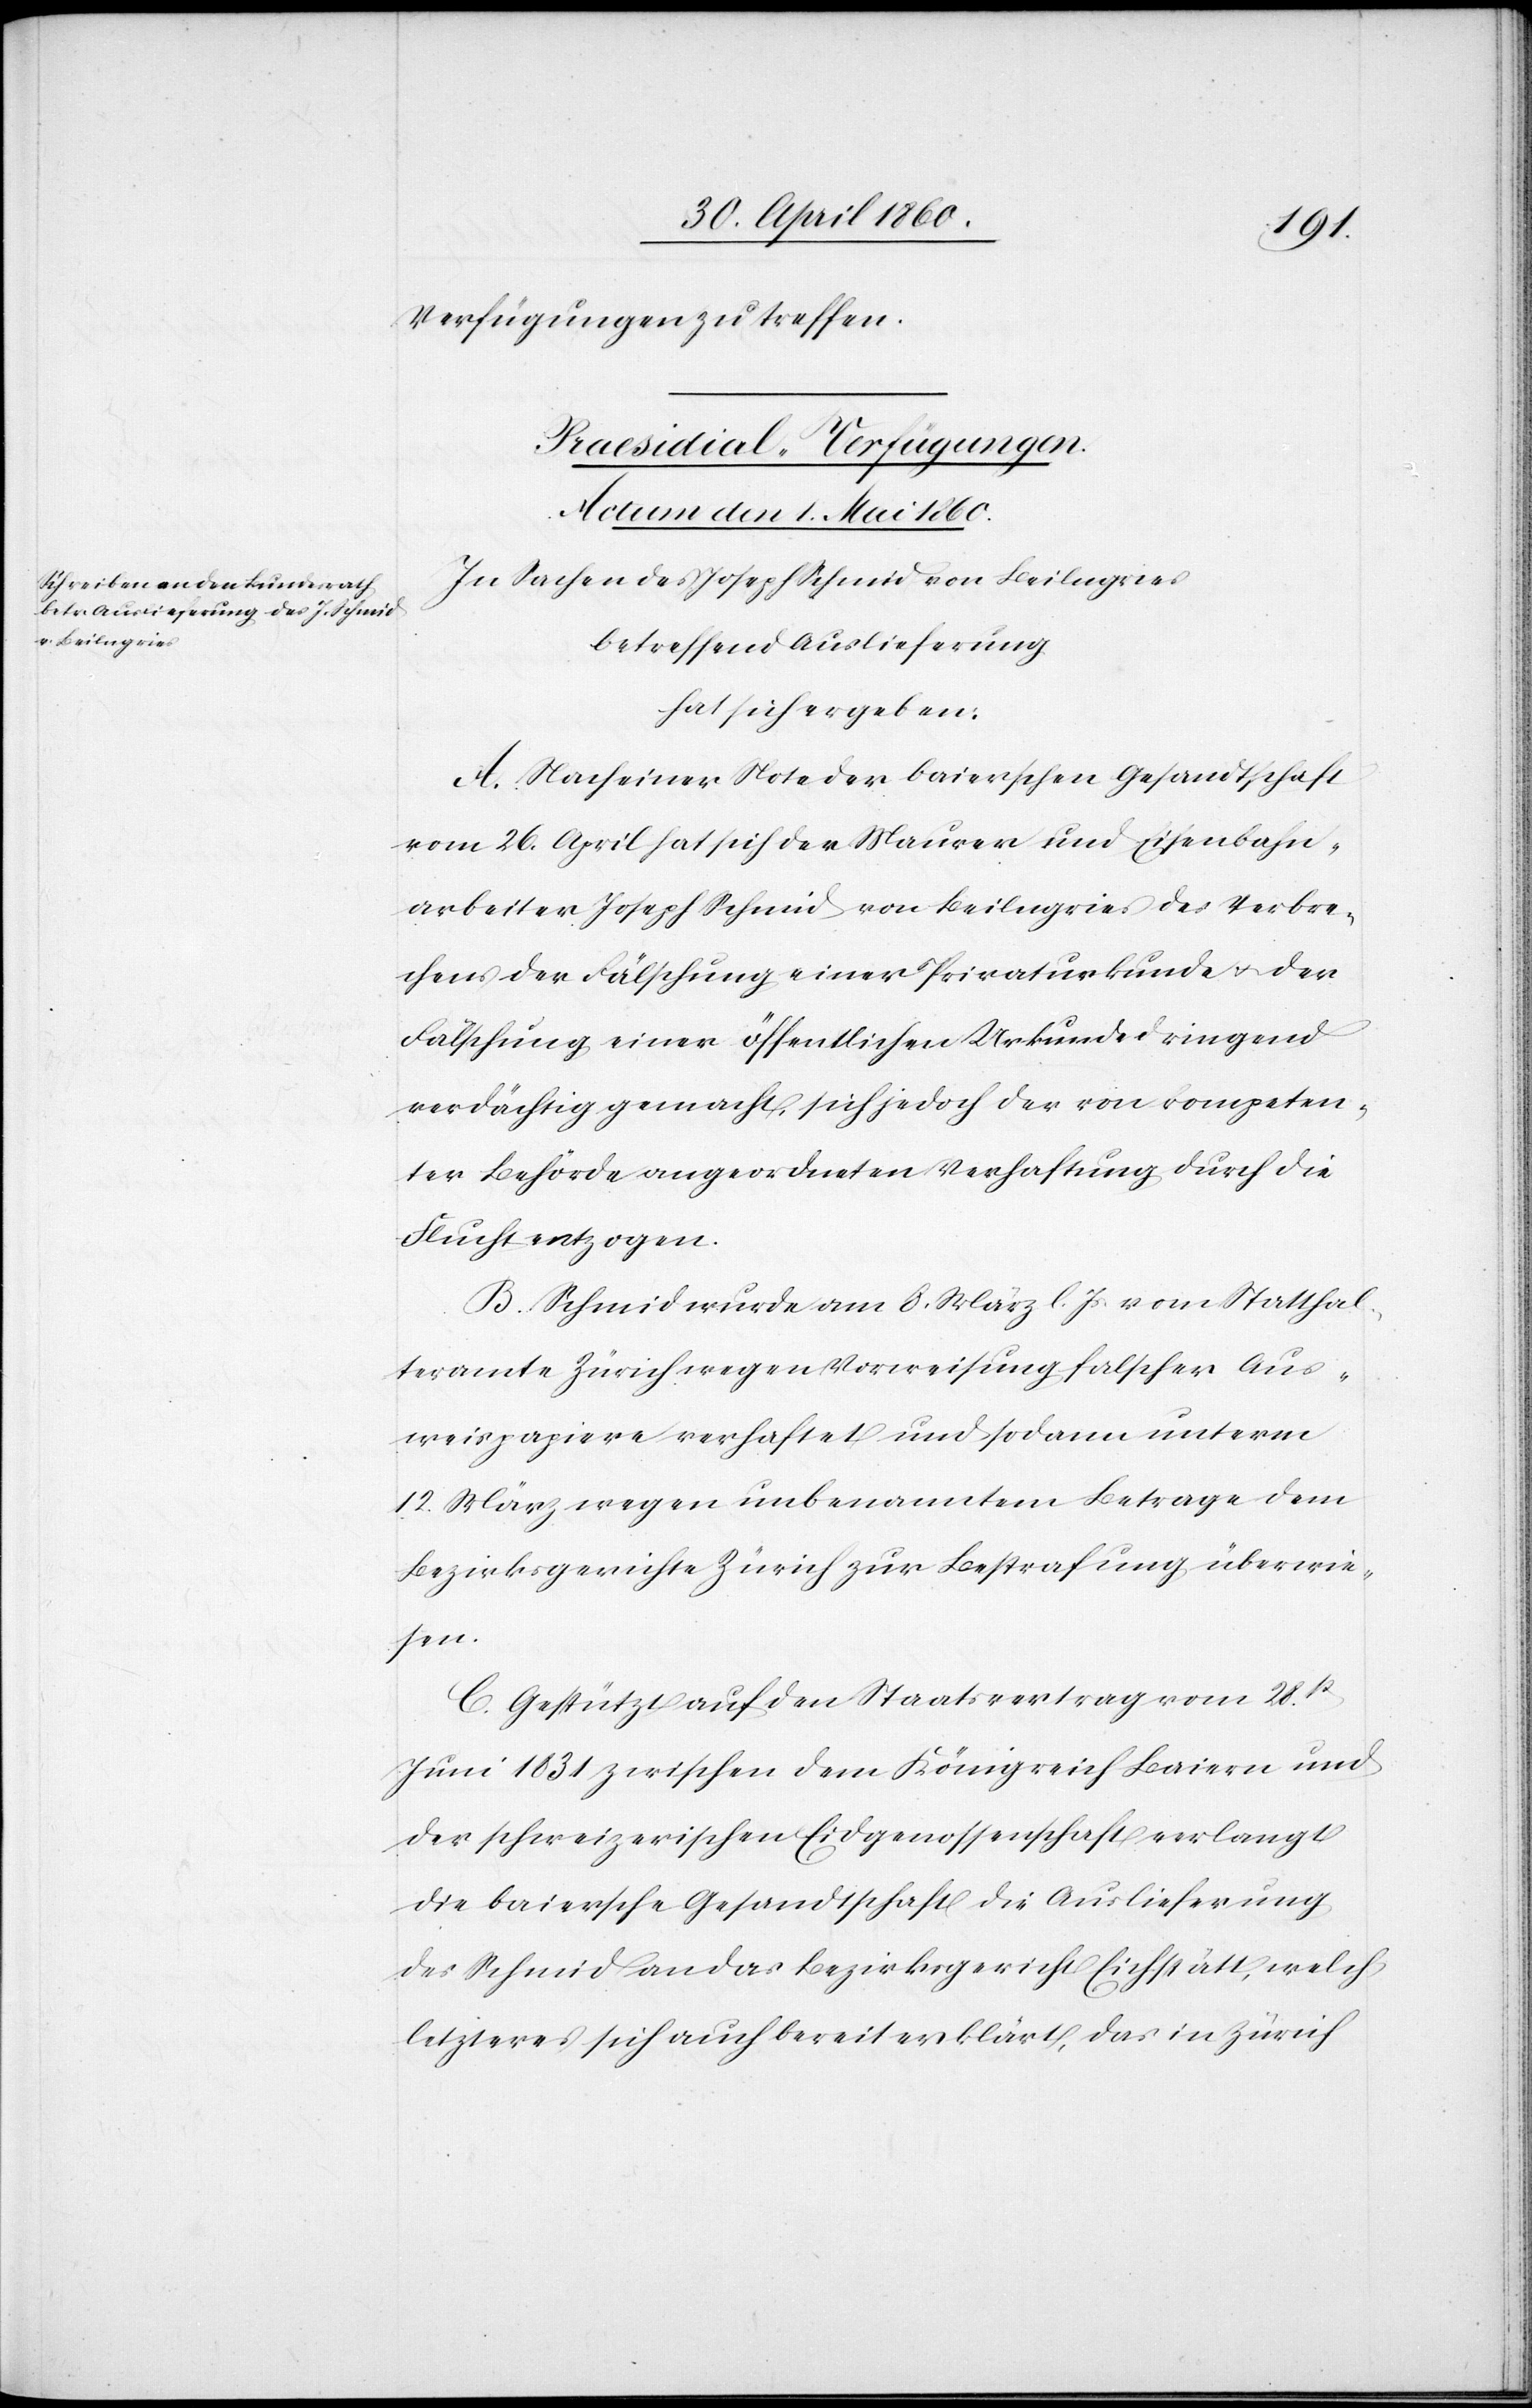
Verfügungen zu treffen.
Praesidial-Verfügungen.
Actum den 1. Mai 1860.
In Sachen des Joseph Schmid von Beilngries
betreffend Auslieferung
hat sich ergeben:
A. Nach einer Note der baierschen Gesandtschaft
vom 26. April hat sich der Maurer und Eisenbahn¬
arbeiter Joseph Schmid von Beilngries des Verbre¬
chens der Fälschung einer Privaturkunde u. der
Fälschung einer öffentlichen Urkunde dringend
verdächtig gemacht, sich jedoch der von kompeten¬
ter Behörde angeordneten Verhaftung durch die
Flucht entzogen.
B. Schmid wurde am 8. März l. Js. vom Statthal¬
teramte Zürich wegen Vorweisung falscher Aus¬
weispapiere verhaftet und sodann unterm
12. März wegen unbenanntem Betrage dem
Bezirksgerichte Zürich zur Bestrafung überwie¬
sen.
C. Gestützt auf den Staatsvertrag vom 28st
Juni 1831 zwischen dem Königreich Baiern und
der schweizerischen Eidgenossenschaft verlangt
die baiersche Gesandtschaft die Auslieferung
des Schmid an das Bezirksgericht Eichstätt, welch
letzteres sich auch bereit erklärt, das in Zürich